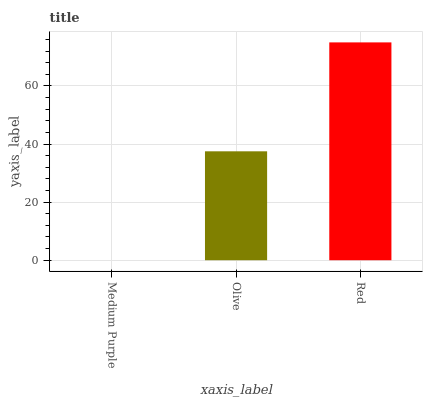
| xaxis_label | bars |
 | --- | --- |
 | Medium Purple | 0 |
 | Olive | 37.5 |
 | Red | 75 |